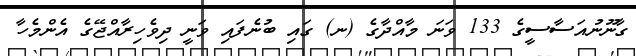
ގާނޫނުއަސާސީގެ 133 ވަނަ މާއްދާގެ (ނ) ގައި ބުނެފައި ވަނީ ދިވެހިރާއްޖޭގެ އެންމެހާ